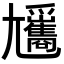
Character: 𡰢